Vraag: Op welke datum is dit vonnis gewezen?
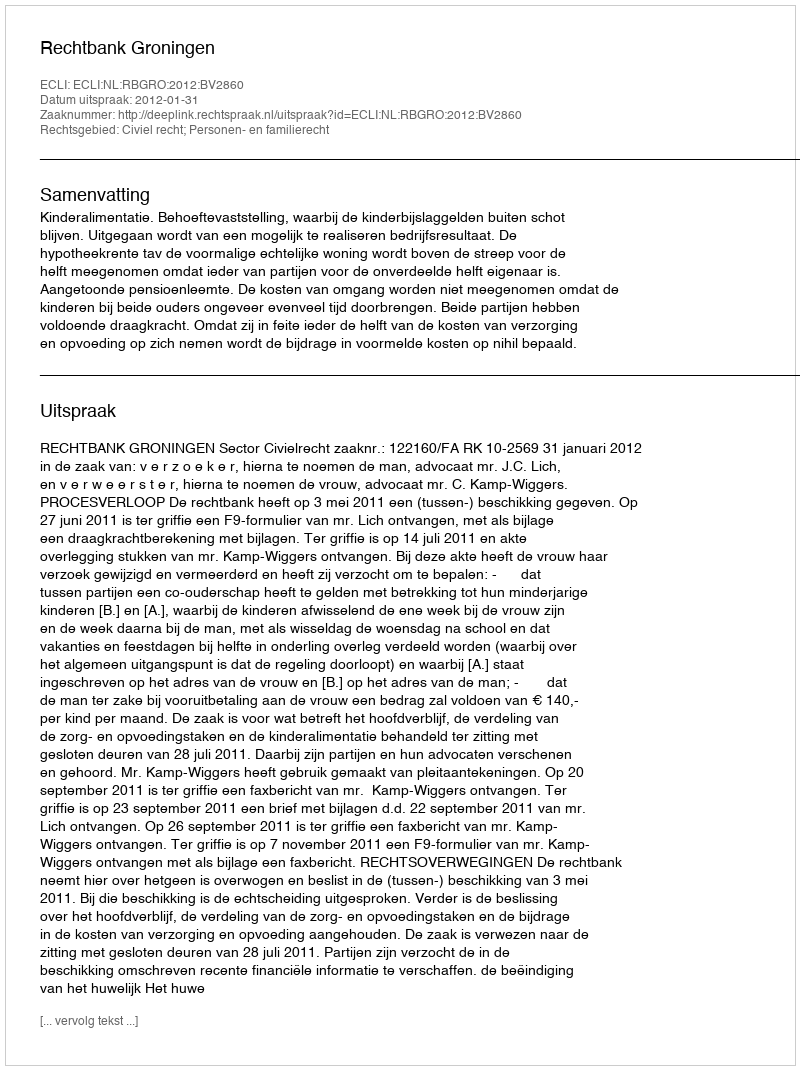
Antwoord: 2012-01-31